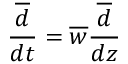
\frac { \overline { { d } } } { d t } = \overline { { w } } \frac { \overline { { d } } } { d z }